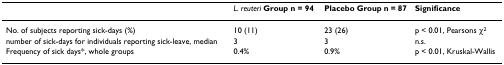
<table><thead><tr><td></td><td><b><i>L. reuteri </i>Group n = 94</b></td><td><b>Placebo Group n = 87</b></td><td><b>Significance</b></td></tr></thead><tbody><tr><td>No. of subjects reporting sick-days (%)</td><td>10 (11)</td><td>23 (26)</td><td>p &lt; 0.01, Pearsons χ<sup>2</sup></td></tr><tr><td>number of sick-days for individuals reporting sick-leave, median</td><td>3</td><td>3</td><td>n.s.</td></tr><tr><td>Frequency of sick days*, whole groups</td><td>0.4%</td><td>0.9%</td><td>p &lt; 0.01, Kruskal-Wallis</td></tr></tbody></table>